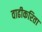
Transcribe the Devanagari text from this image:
वाढीकरिता